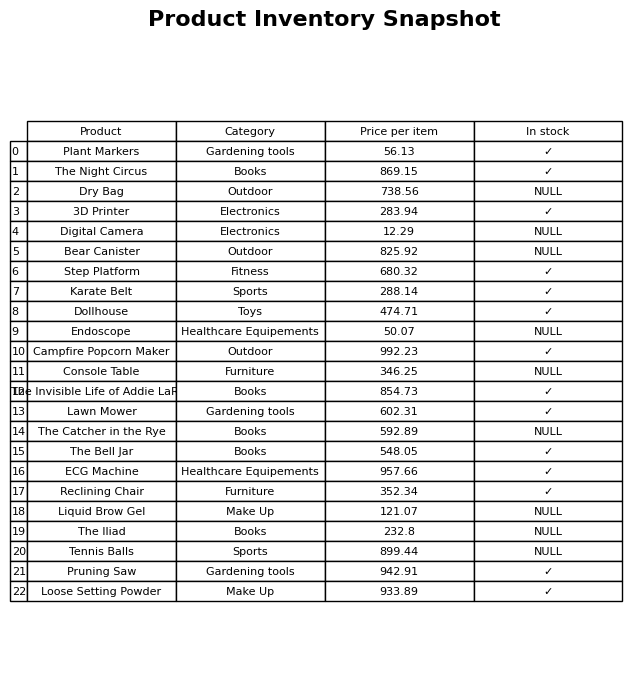
question: What is the price of the The Iliad?
answer: The price of The Iliad is 232.8.